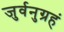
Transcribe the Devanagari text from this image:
जुर्वनुग्रहं